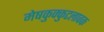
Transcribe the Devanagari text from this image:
मेषकुक्कुटलावक